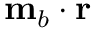
\mathbf { m } _ { b } \cdot \mathbf { r }